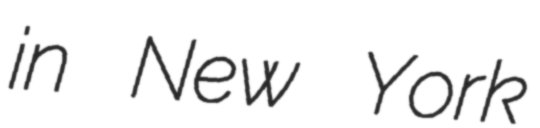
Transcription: in New York